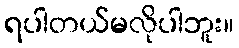
ရပါတယ်မလိုပါဘူး။